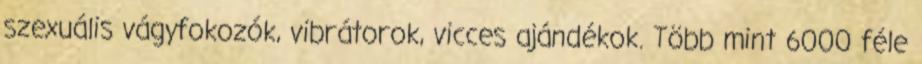
szexuális vágyfokozók, vibrátorok, vicces ajándékok. Több mint 6000 féle